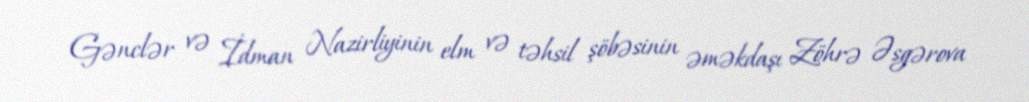
Gənclər və İdman Nazirliyinin elm və təhsil şöbəsinin əməkdaşı Zöhrə Əsgərova